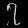
Digit: ၇